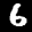
Label: 6